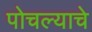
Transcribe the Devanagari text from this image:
पोचल्याचे